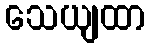
သေယျထာ